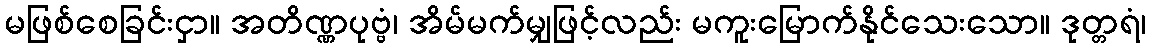
မဖြစ်စေခြင်းငှာ။ အတိဏ္ဏပုဗ္ဗံ၊ အိမ်မက်မျှဖြင့်လည်း မကူးမြောက်နိုင်သေးသော။ ဒုတ္တရံ၊